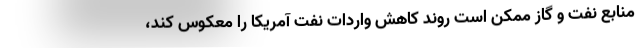
منابع نفت و گاز ممکن است روند کاهش واردات نفت آمریکا را معکوس کند،